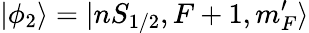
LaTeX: |\phi_{2}\rangle=|nS_{1/2},F+1,m_{F}^{\prime}\rangle